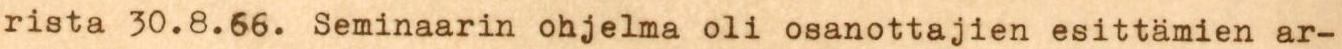
rista 30.8.66. Seminaarin ohjelma oli osanottajien esittämien ar-